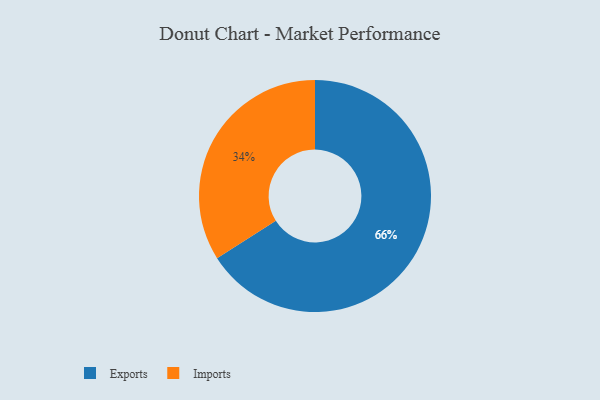
{"axis": {"x": "Category", "y": "Percentage"}, "legend": ["Exports", "Imports"], "data": [{"x": "Imports", "y": 34, "type": "Imports"}, {"x": "Exports", "y": 66, "type": "Exports"}]}